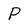
Character: P